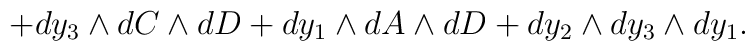
+dy_{3} \wedge dC \wedge dD +dy_{1} \wedge dA \wedge dD+dy_{2} \wedge dy_3 \wedge dy_1.